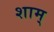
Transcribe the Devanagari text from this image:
शाम्